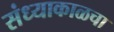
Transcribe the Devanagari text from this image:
संध्याकाळचा